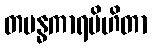
တမန္ဓကာရပိဟိတာ